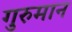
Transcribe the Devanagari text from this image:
गुरुमान